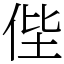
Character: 𠈺